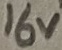
Text: 16V